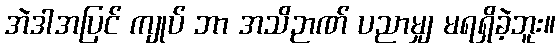
အဲဒါအပြင် ကျုပ် ဘာ အသိဉာဏ် ပညာမျှ မရရှိခဲ့ဘူး။